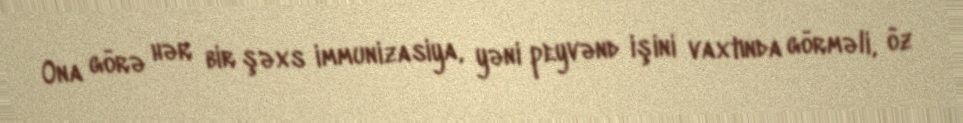
Ona görə hər bir şəxs immunizasiya, yəni peyvənd işini vaxtında görməli, öz